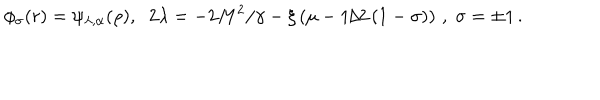
\phi _ { \sigma } ( r ) = \psi _ { \lambda , \alpha } ( \rho ) , \; \; 2 \lambda = - 2 M ^ { 2 } / \gamma - \xi \left( \mu - 1 / 2 \left( 1 - \sigma \right) \right) \, , \; \sigma = \pm 1 \, .